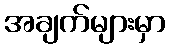
အချက်များမှာ